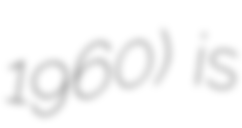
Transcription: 1960) is